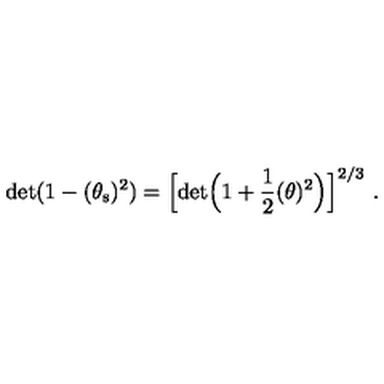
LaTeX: \mathrm { d e t } ( 1 - ( \theta _ { \mathrm { s } } ) ^ { 2 } ) = \Big [ \mathrm { d e t } \Big ( 1 + \frac { 1 } { 2 } ( \theta ) ^ { 2 } \Big ) \Big ] ^ { 2 / 3 } \ .